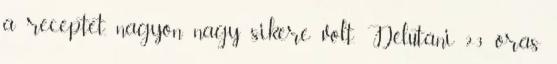
a receptet, nagyon nagy sikere volt. Délutáni 2-3 órás